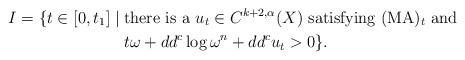
LaTeX: \begin{align*} I = \{t \in [0, t_1] \mid \; & \textup{there is a $u_t \in C^{k+2,\alpha}(X)$ satisfying $(\textup{MA})_t$ and} \\ & \textup{$t \omega + dd^c \log \omega^n + dd^c u_t > 0$}\}. \end{align*}